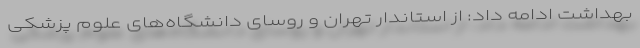
بهداشت ادامه داد: از استاندار تهران و روسای دانشگاه‌های علوم پزشکی